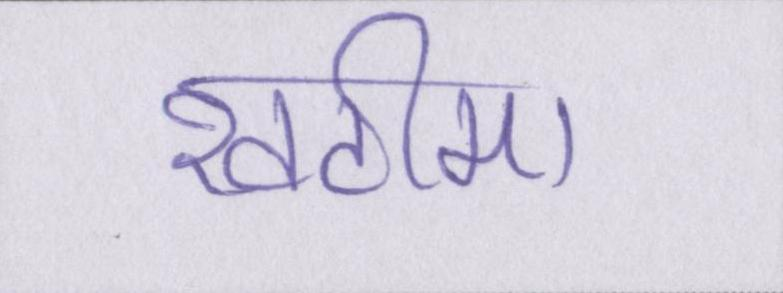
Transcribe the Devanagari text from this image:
खटीमा